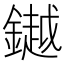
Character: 𨬓